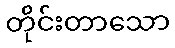
တိုင်းတာသော